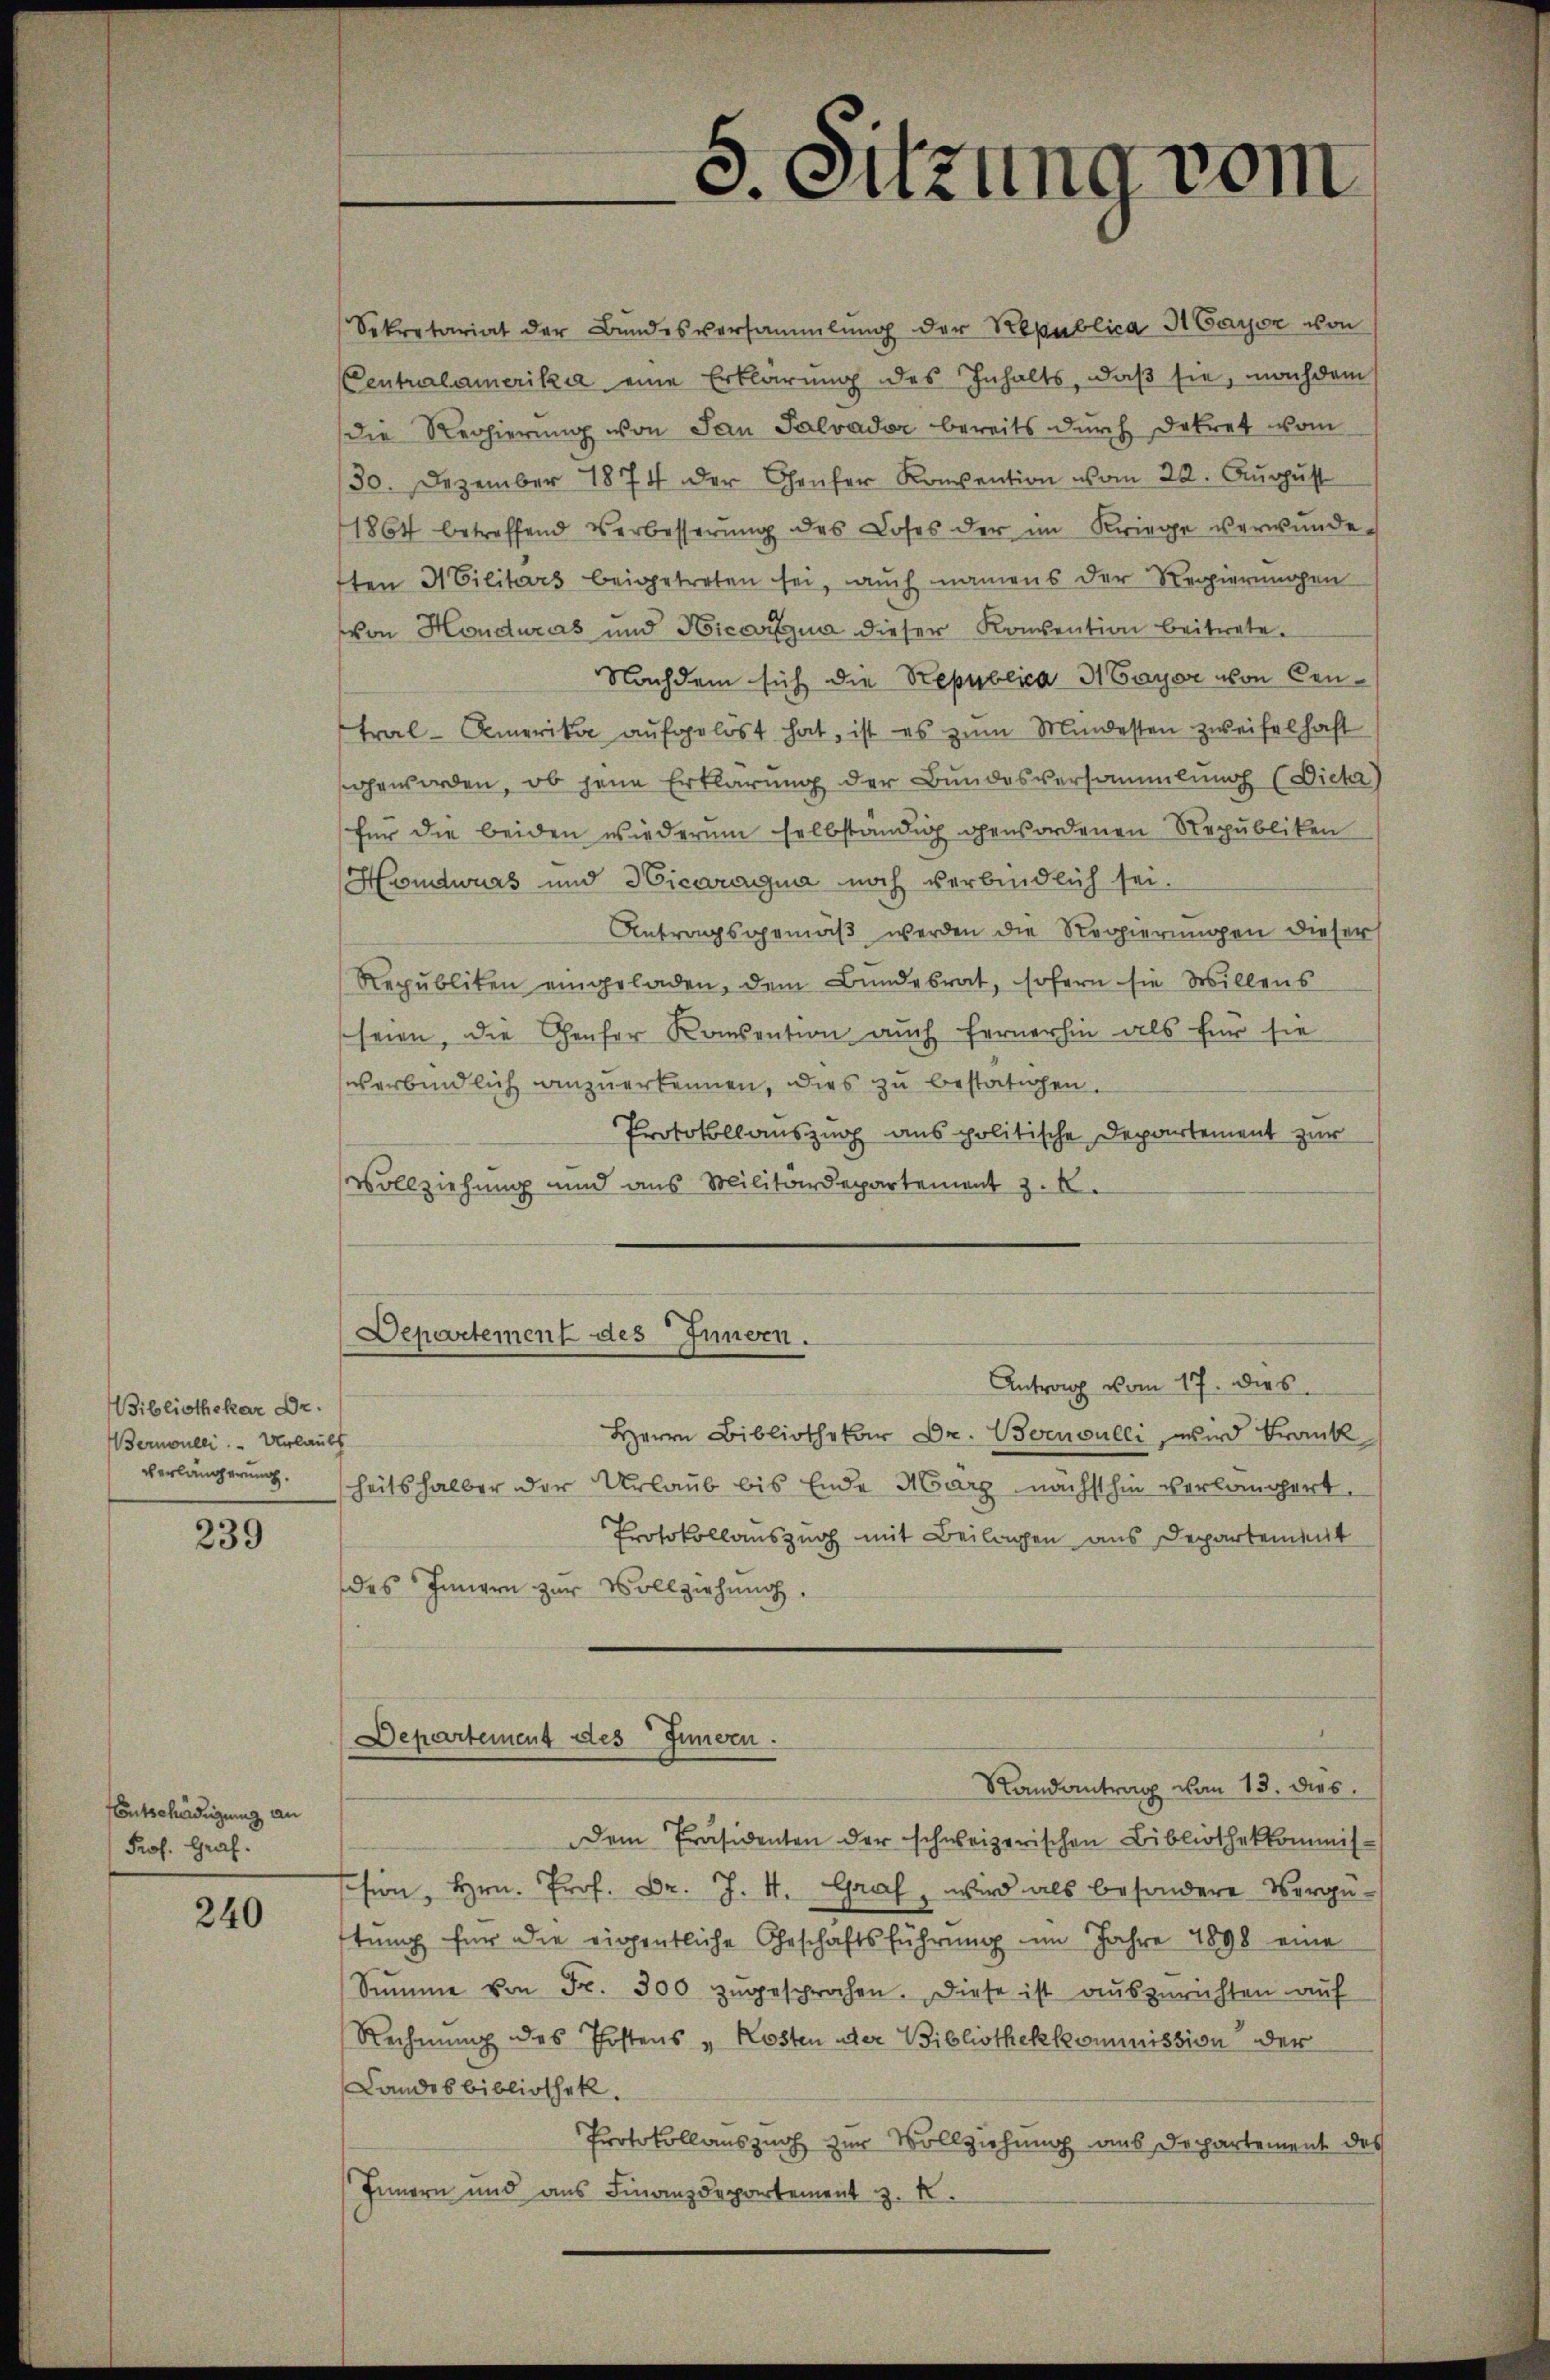
Bibliothekar Dr.
Bernoulli. — Urlaubt
verlängerung.

239

Entschädigung an
Prof. Graf.

240

Departement des Innern.

5. Sitzung vom

Sekretariat der Bundesversammlung der Republica StGayer von
Centralamerika eine Erklärung des Inhalts, daß sie, nachdem
die Regierŭng von San Salvader bereits durch Dekret vom
30. Dezember 1874 der Genfer Konvention vom 22. August
1864 betreffend Verbesserŭng des Loses der im Kriege verwunde
ften Militärs beigetreten sei, auch namens der Regierungen
von Honduras und Hicaria dieser Konvention beitrete.
Nachdem sich die Republica H Bayer von Central-Amerika aufgelöst hat, ist es zum Mindesten zweifelhaft
geworden, ob jene Erklärung der Bundesversammlung (Diehr)
für die beiden wiederum selbständig gewordenen Republiken
Handwurs und Hicaragua noch verbindlich sei.
Antragsgemäß werden die Regierungen dieser
Republiken eingeladen, dem Bundesrat, sofern sie Willens
seien, die Genfer Konsention auch fernerhin als für sie
verbindlich anzuerkennen, dies zu bestätigen.
Protokollauszug aus politische Departement zur
Vollziehung und aus Militärdepartement z. R.

Antrag vom 17. dies
Herrn Bibliothekar Dr. Bornoulli, wird krank
heitshalber der Urlaub bis Ende Marg nächsthin verlängert.
Protokollauszug mit Beilagen aus Departement
des Innern zur Vollziehung,
Dem Präsidenten der schweizerischen Bibliothekkommis-
ssion, Hrn. Prof. Dr. J. 4. Graf, wird als besondere Vergüstung für die eigentliche Geschäftsführung im Jahre 1898 eine
Summe von Fr. 300 zugesprochen. Diese ist auszurichten auf
Rechnung des Postens u Kosten oder Bibliothekkommission der
Landesbibliothek.
Protokollauszug zur Vollziehung aus Departement des
Innern und aus Finanzdepartement z. B.

Departement des Innern.
Randantrag von 13. dies.